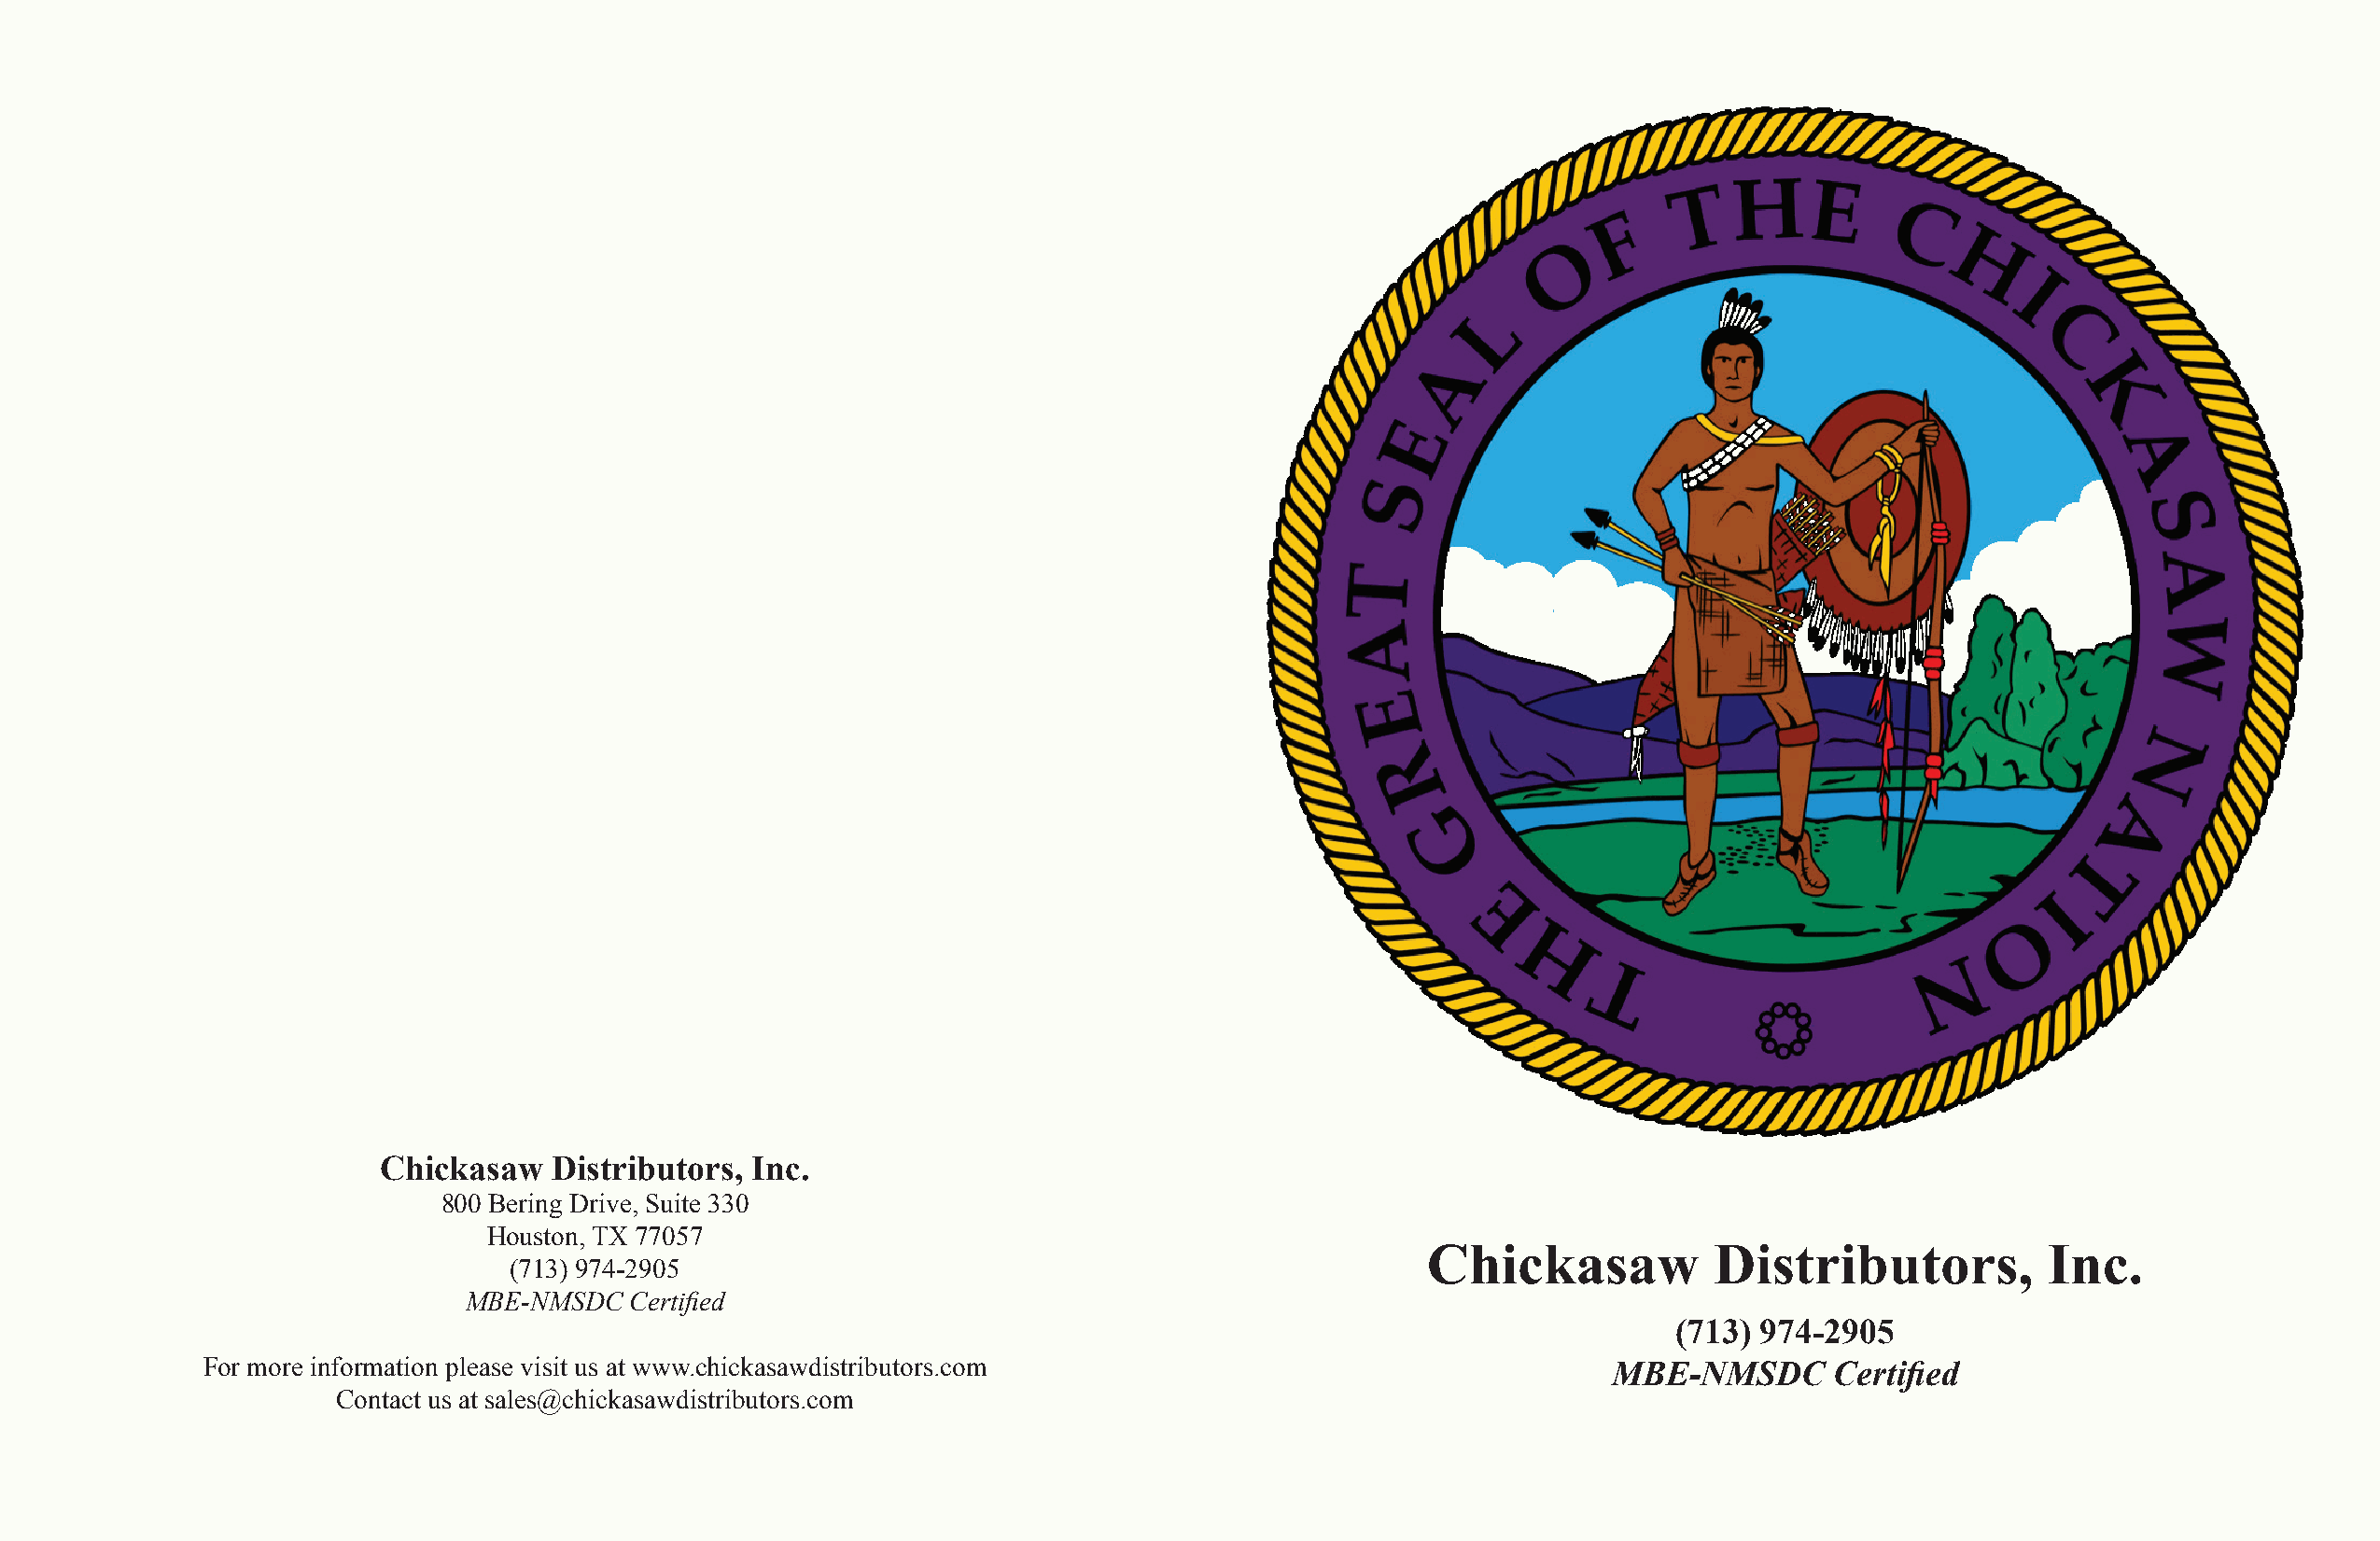
Chickasaw   Distributors, Inc.
 800 Bering Drive, Suite 330
 Houston, TX 77057
 Chickasaw            Distributors,          Inc.
 (713) 974-2905
 MBE-NMSDC   Certified
 (713) 974-2905
 For more information please visit us at www.chickasawdistributors.com                               MBE-NMSDC       Certified
 Contact us at sales@chickasawdistributors.com